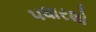
પધારશો